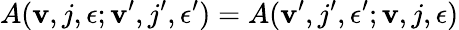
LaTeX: A({\mathbf v},j,\epsilon;{\mathbf v}^{\prime},j^{\prime},\epsilon^{\prime})=A({\mathbf v}^{\prime},j^{\prime},\epsilon^{\prime};{\mathbf v},j,\epsilon)